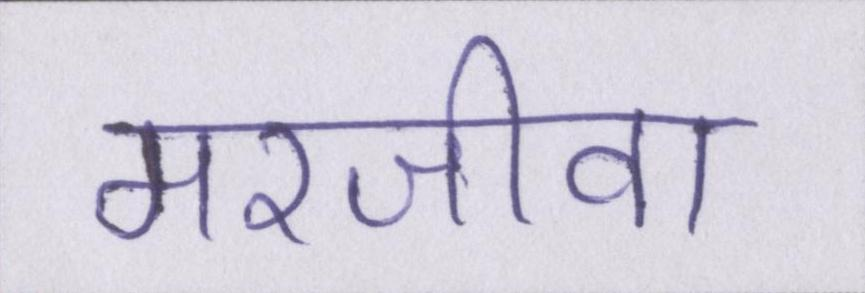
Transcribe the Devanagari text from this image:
मरजीवा